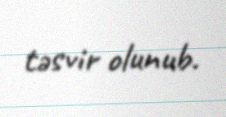
təsvir olunub.